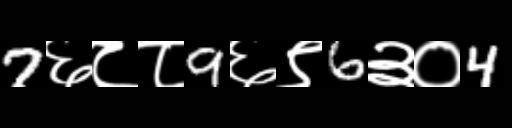
Text: 7६८८9६९6३०4